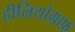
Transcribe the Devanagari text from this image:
हीलियोग्राफ़